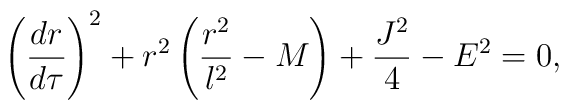
\left( \frac{dr}{d\tau}\right)^2+r^2\left( \frac{ r^2}{l^2}-M\right)+\frac{J^2}{4}-E^2=0,